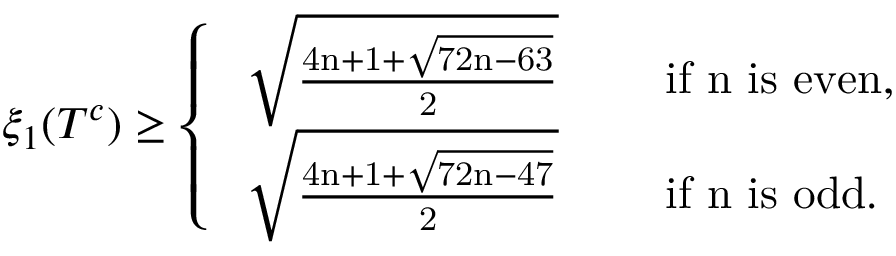
\begin{array} { r } { \xi _ { 1 } ( T ^ { c } ) \geq \left\{ \begin{array} { l l } { \mathrm { ~ \sqrt { \frac { 4 n + 1 + \sqrt { 7 2 n - 6 3 } } { 2 } } ~ } } & { \quad \mathrm { i f ~ n ~ i s ~ e v e n , } } \\ { \mathrm { ~ \sqrt { \frac { 4 n + 1 + \sqrt { 7 2 n - 4 7 } } { 2 } } ~ } } & { \quad \mathrm { i f ~ n ~ i s ~ o d d . } } \end{array} \right. } \end{array}